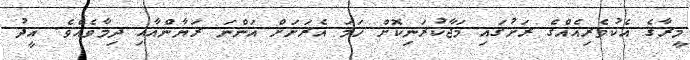
މީރާގެ އެކުވެރިއެއްގެ ރަށުގައި މަޖާކުރަނިކޮށް ހަމަ އެރަށަށް އަންނަ ރަޔާންއާއި ދިމާވެއެވެ. އީދު